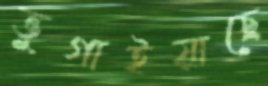
ভুগাইয়াছে